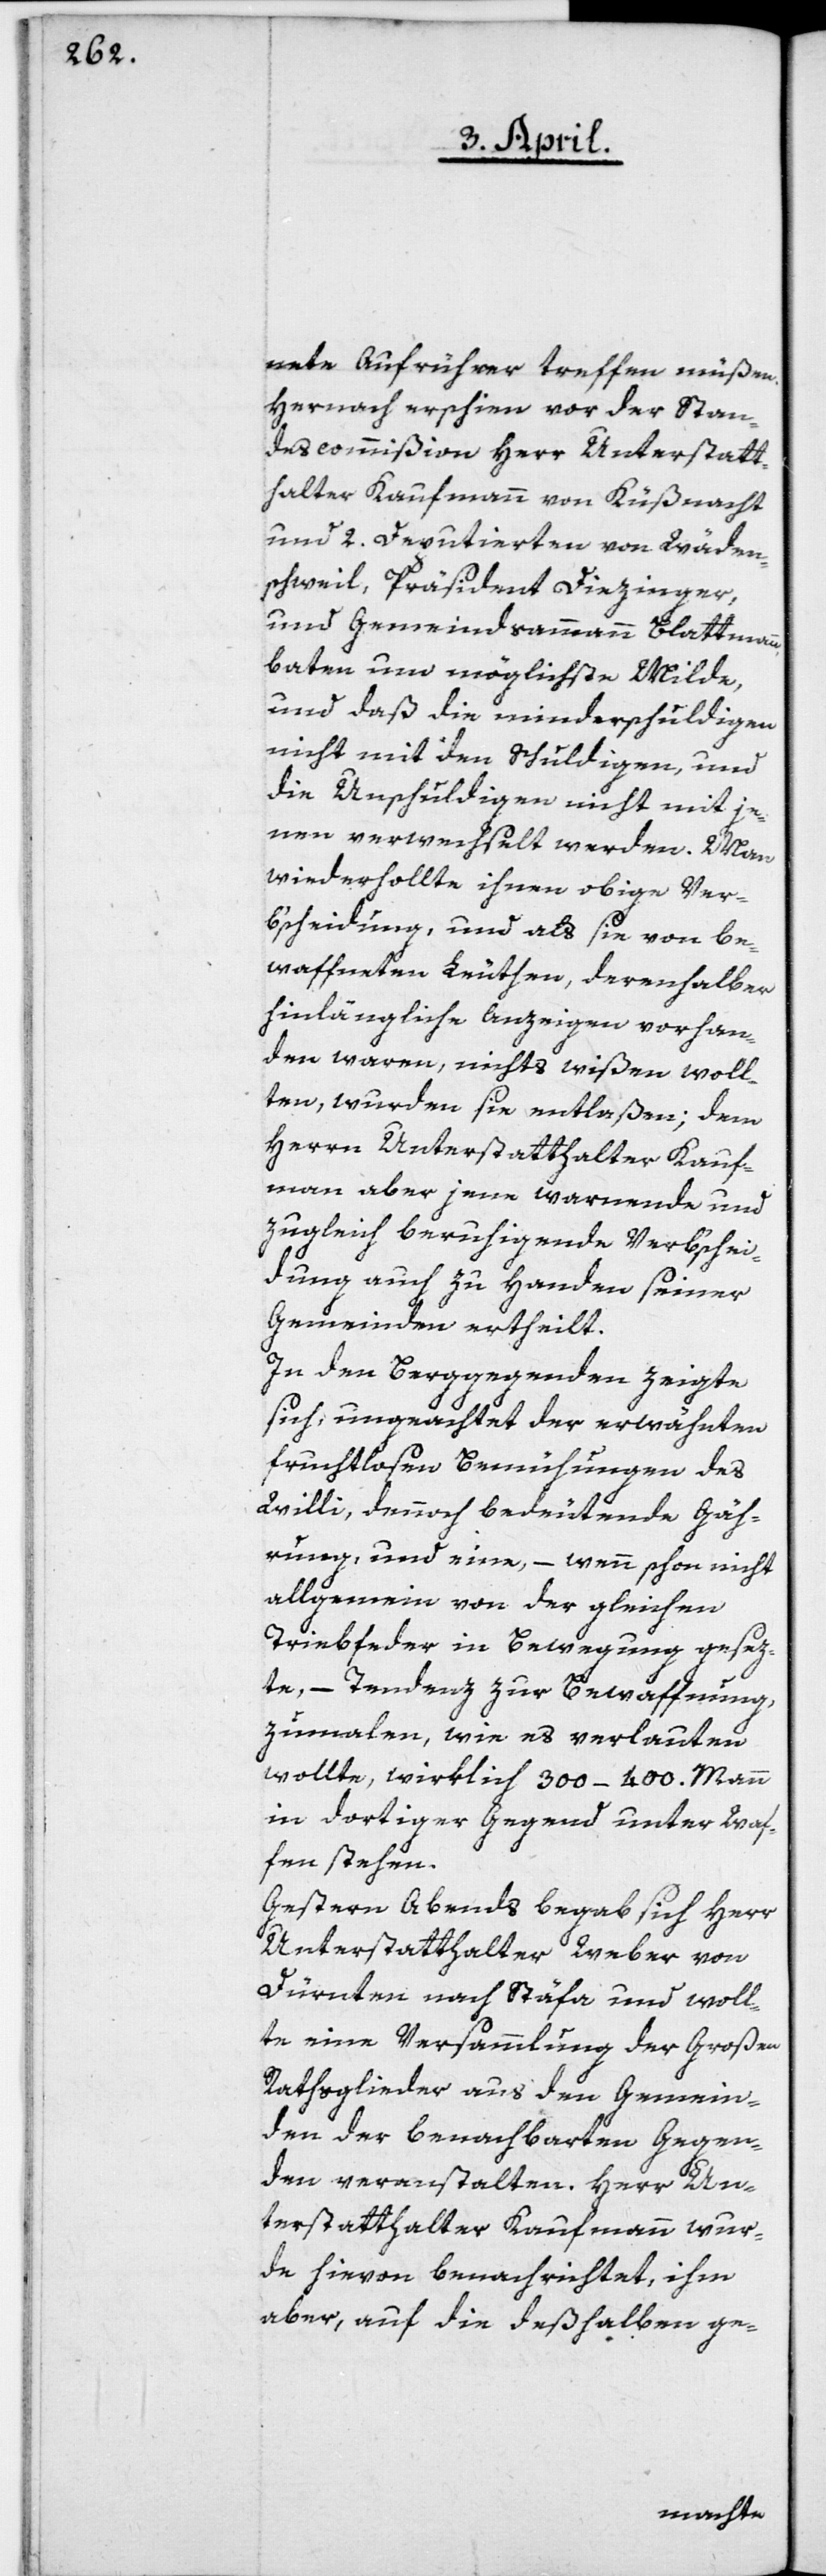
nete Aufrührer treffen müßen.
Hernach erschien vor der Stan¬
descommißion Herr Unterstatt¬
halter Kaufmann von Küßnacht,
und 2. Deputierten von Wäden¬
schweil, Präsident Diezinger
und Gemeindsammann Blattmann,
baten um möglichste Milde,
und daß die minderschuldigen
nicht mit den Schuldigen, und
die Unschuldigen nicht mit je¬
nen verwechselt werden. Man
wiederholte ihnen obige Ver¬
b’scheidung, und als sie von be¬
waffneten Leuthen, derenhalber
hinlängliche Anzeige vorhan¬
den waren, nichts wißen woll¬
ten, wurden sie entlaßen; dem
Herrn Unterstatthalter Kauf¬
mann aber jenen warnende und
zugleich beruhigende Verb’schei¬
dung auch zu Handen seiner
Gemeinden ertheilt.
In den Berggegenden zeigte
sich, ungeachtet der erwähnten
fruchtlosen Bemühungen des
Willi, dennoch bedeutende Gäh¬
rung, und eine, – wenn schon nicht
allgemein von der gleichen
Triebfeder in Bewegung gesez¬
te, – Tendenz zur Bewaffnung,
zumalen, wie es verlauten
wollte, wirklich 300–400. Mann
in dortiger Gegend unter Waf¬
fen stehen.
Gestern Abends begab sich Herr
Unterstatthalter Weber von
Dürnten nach Stäfa und woll¬
te eine Versammlung der Großen
Rathsglieder aus den Gemein¬
den der benachbarten Gegen¬
den veranstalten. Herr Un¬
terstatthalter Kaufmann wur¬
de hievon benachrichtet, ihm
aber, auf die deßhalben ge-